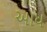
આધ